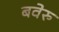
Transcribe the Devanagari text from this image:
बवेरु